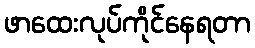
ဖာထေးလုပ်ကိုင်နေရတာ